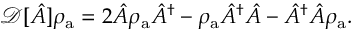
\begin{array} { r } { \mathcal { D } [ \hat { A } ] \rho _ { \mathrm { a } } = 2 \hat { A } \rho _ { \mathrm { a } } \hat { A } ^ { \dagger } - \rho _ { \mathrm { a } } \hat { A } ^ { \dagger } \hat { A } - \hat { A } ^ { \dagger } \hat { A } \rho _ { \mathrm { a } } . } \end{array}